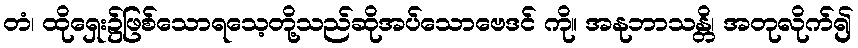
တံ၊ ထိုရှေး၌ဖြစ်သောရသေ့တို့သည်ဆိုအပ်သောဗေဒင် ကို။ အနုဘာသန္တိ၊ အတုလိုက်၍